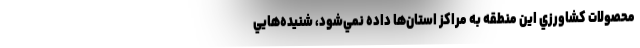
محصولات كشاورزي اين منطقه به مراكز استان‌ها داده نمي‌شود، شنيده‌هايي